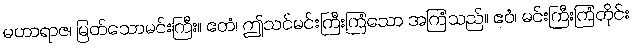
မဟာရာဇ၊ မြတ်သောမင်းကြီး။ ဧတံ၊ ဤသင်မင်းကြီးကြံသော အကြံသည်။ ဧဝံ၊ မင်းကြီးကြံတိုင်း